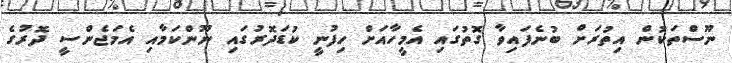
ނޫސްތަކުން އިތުރަށް ބުނެފައިވާ ގޮތުގައި އެމީހާއަށް ހިފުނީ ކުޑަދޮރުގައި ނޫންކަމާއި އެމަޖެންސީ ދޮރުގެ